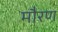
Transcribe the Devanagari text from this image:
मौरण